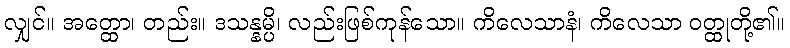
လျှင်။ အတ္ထော၊ တည်း။ ဒသန္နမ္ပိ၊ လည်းဖြစ်ကုန်သော။ ကိလေသာနံ၊ ကိလေသာ ဝတ္ထုတို့၏။